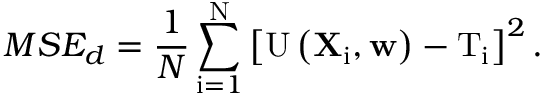
M S E _ { d } = \frac { 1 } { N } \sum _ { \mathrm { i } = 1 } ^ { \mathrm { N } } \left[ \mathrm { U } \left( \mathbf { X } _ { \mathrm { i } } , \mathbf { w } \right) - \mathrm { T } _ { \mathrm { i } } \right] ^ { 2 } .